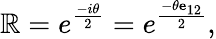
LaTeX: \mathbb{R}=e^{\frac{{-i\theta}}{{2}}}=e^{\frac{{-\theta\mathbf{{e}}_{12}}}{{2}}},